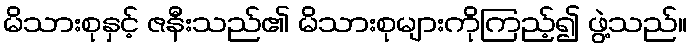
မိသားစုနှင့် ဇနီးသည်၏ မိသားစုများကိုကြည့်၍ ဖွဲ့သည်။